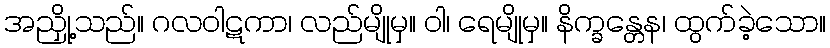
အညှို့သည်။ ဂလဝါဋကာ၊ လည်မျိုမှ။ ဝါ၊ ရေမျိုမှ။ နိက္ခန္တေန၊ ထွက်ခဲ့သော။